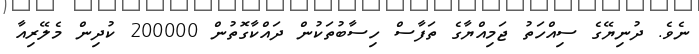
ނެވެ. ދުނިޔޭގެ ސިއްހަތު ޖަމިއްޔާގެ ތަފާސް ހިސާބުތަކުން ދައްކާގޮތުން 200000 ކުދިން މެލޭރިއާ